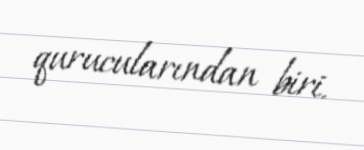
qurucularından biri.